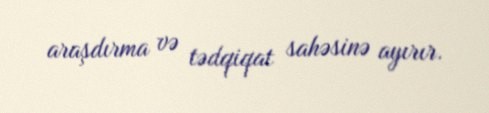
araşdırma və tədqiqat sahəsinə ayırır.